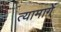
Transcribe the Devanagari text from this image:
त्यामागें